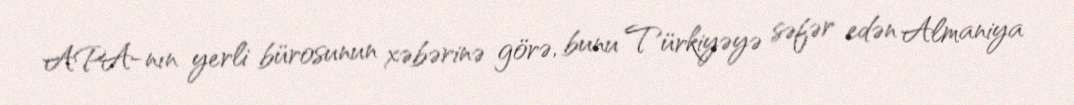
APA-nın yerli bürosunun xəbərinə görə, bunu Türkiyəyə səfər edən Almaniya